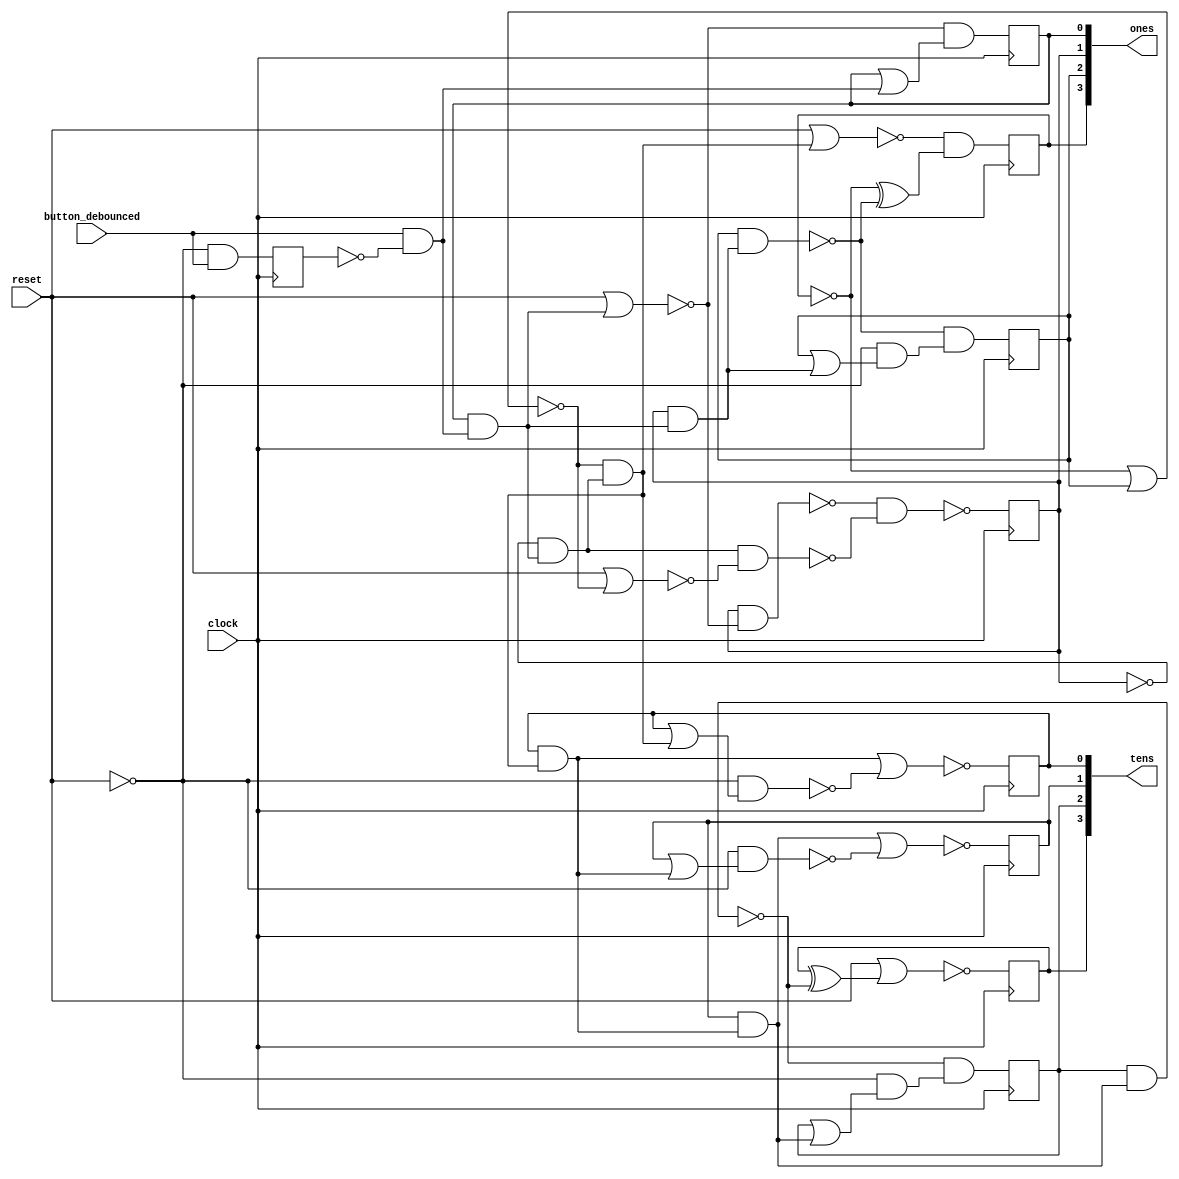
/* Generated by Yosys 0.16+41 (git sha1 29c0a5958, clang 11.0.1-2 -fPIC -Os) */

(* src = "examples/counter.v:34.1-68.10" *)
module counter(clock, reset, button_debounced, ones, tens);
  wire _000_;
  (* src = "examples/counter.v:54.11-54.52" *)
  wire _001_;
  wire _002_;
  wire _003_;
  wire _004_;
  wire _005_;
  wire _006_;
  wire _007_;
  wire _008_;
  wire _009_;
  wire _010_;
  wire _011_;
  wire _012_;
  wire _013_;
  wire _014_;
  wire _015_;
  (* src = "examples/counter.v:37.9-37.25" *)
  wire _016_;
  wire _017_;
  wire _018_;
  wire _019_;
  wire _020_;
  wire _021_;
  wire _022_;
  wire _023_;
  wire _024_;
  wire _025_;
  reg _026_;
  reg _027_;
  reg _028_;
  reg _029_;
  reg _030_;
  reg _031_;
  reg _032_;
  reg _033_;
  reg _034_;
  wire _035_;
  wire _036_;
  wire _037_;
  wire _038_;
  wire _039_;
  wire _040_;
  wire _041_;
  wire _042_;
  wire _043_;
  wire _044_;
  wire _045_;
  wire _046_;
  wire _047_;
  wire _048_;
  wire _049_;
  wire _050_;
  wire _051_;
  wire _052_;
  wire _053_;
  wire _054_;
  wire _055_;
  wire _056_;
  wire _057_;
  wire _058_;
  wire _059_;
  wire _060_;
  wire _061_;
  wire _062_;
  wire _063_;
  wire _064_;
  (* src = "examples/counter.v:42.13-42.21" *)
  wire _065_;
  (* src = "examples/counter.v:42.13-42.21" *)
  wire _066_;
  (* src = "examples/counter.v:42.13-42.21" *)
  wire _067_;
  (* src = "examples/counter.v:42.13-42.21" *)
  wire _068_;
  (* src = "examples/counter.v:36.9-36.14" *)
  wire _069_;
  (* src = "examples/counter.v:43.13-43.21" *)
  wire _070_;
  (* src = "examples/counter.v:43.13-43.21" *)
  wire _071_;
  (* src = "examples/counter.v:43.13-43.21" *)
  wire _072_;
  (* src = "examples/counter.v:43.13-43.21" *)
  wire _073_;
  (* force_downto = 32'd1 *)
  (* src = "examples/counter.v:57.23-57.38|/home/jiegec/prefix/yosys/bin/../share/yosys/techmap.v:270.23-270.24" *)
  wire [3:0] _074_;
  (* force_downto = 32'd1 *)
  (* src = "examples/counter.v:57.23-57.38|/home/jiegec/prefix/yosys/bin/../share/yosys/techmap.v:270.26-270.27" *)
  wire [3:0] _075_;
  wire _076_;
  wire _077_;
  wire _078_;
  wire _079_;
  wire _080_;
  wire _081_;
  wire _082_;
  wire _083_;
  wire _084_;
  wire _085_;
  wire _086_;
  wire _087_;
  wire _088_;
  wire _089_;
  wire _090_;
  wire _091_;
  wire _092_;
  (* src = "examples/counter.v:37.9-37.25" *)
  input button_debounced;
  wire button_debounced;
  (* src = "examples/counter.v:44.7-44.27" *)
  wire button_debounced_reg;
  (* src = "examples/counter.v:35.9-35.14" *)
  input clock;
  wire clock;
  (* src = "examples/counter.v:38.16-38.20" *)
  output [3:0] ones;
  wire [3:0] ones;
  (* src = "examples/counter.v:42.13-42.21" *)
  wire [3:0] ones_reg;
  (* src = "examples/counter.v:36.9-36.14" *)
  input reset;
  wire reset;
  (* src = "examples/counter.v:39.16-39.20" *)
  output [3:0] tens;
  wire [3:0] tens;
  (* src = "examples/counter.v:43.13-43.21" *)
  wire [3:0] tens_reg;
  always @(posedge clock)
    _026_ <= _017_;
  always @(posedge clock)
    _027_ <= _018_;
  always @(posedge clock)
    _028_ <= _019_;
  always @(posedge clock)
    _029_ <= _020_;
  always @(posedge clock)
    _030_ <= _021_;
  always @(posedge clock)
    _031_ <= _022_;
  always @(posedge clock)
    _032_ <= _023_;
  always @(posedge clock)
    _033_ <= _024_;
  always @(posedge clock)
    _034_ <= _025_;
  assign _035_ = ~_069_;
  assign _036_ = ~_030_;
  assign _037_ = ~_032_;
  assign _038_ = ~_034_;
  assign _039_ = ~(_036_ | _031_);
  assign _040_ = _016_ & _038_;
  assign _041_ = _033_ & _040_;
  assign _042_ = _037_ & _041_;
  assign _043_ = _039_ & _042_;
  assign _044_ = _029_ & _043_;
  assign _045_ = _028_ & _044_;
  assign _046_ = ~(_027_ & _045_);
  assign _047_ = _026_ ^ _046_;
  assign _017_ = ~(_069_ | _047_);
  assign _048_ = _027_ | _045_;
  assign _049_ = _035_ & _048_;
  assign _018_ = _046_ & _049_;
  assign _050_ = _028_ | _044_;
  assign _051_ = ~(_035_ & _050_);
  assign _019_ = ~(_045_ | _051_);
  assign _052_ = _029_ | _043_;
  assign _053_ = ~(_035_ & _052_);
  assign _020_ = ~(_044_ | _053_);
  assign _054_ = _032_ & _041_;
  assign _055_ = ~(_031_ & _054_);
  assign _056_ = ~(_069_ | _043_);
  assign _057_ = _036_ ^ _055_;
  assign _021_ = _056_ & _057_;
  assign _058_ = _031_ | _054_;
  assign _059_ = _035_ & _058_;
  assign _022_ = _055_ & _059_;
  assign _060_ = ~(_069_ | _041_);
  assign _061_ = ~(_032_ & _060_);
  assign _062_ = ~(_069_ | _039_);
  assign _063_ = ~(_042_ & _062_);
  assign _023_ = ~(_061_ & _063_);
  assign _064_ = _033_ | _040_;
  assign _024_ = _060_ & _064_;
  assign _025_ = _035_ & _016_;
  assign _074_[3:1] = tens_reg[3:1];
  assign _075_[0] = _074_[0];
  assign ones = ones_reg;
  assign tens = tens_reg;
  assign _065_ = _033_;
  assign _066_ = _032_;
  assign _067_ = _031_;
  assign _068_ = _030_;
  assign _070_ = _029_;
  assign _071_ = _028_;
  assign _072_ = _027_;
  assign _073_ = _026_;
  assign tens_reg[3] = _073_;
  assign tens_reg[2] = _072_;
  assign tens_reg[1] = _071_;
  assign tens_reg[0] = _070_;
  assign ones_reg[3] = _068_;
  assign ones_reg[2] = _067_;
  assign ones_reg[1] = _066_;
  assign ones_reg[0] = _065_;
  assign _069_ = reset;
  assign _016_ = button_debounced;
endmodule

(* top =  1  *)
(* src = "examples/counter.v:70.1-95.10" *)
module counter_top(clock, reset, button, ones, tens);
  (* src = "examples/counter.v:73.9-73.15" *)
  input button;
  wire button;
  (* src = "examples/counter.v:78.8-78.24" *)
  wire button_debounced;
  (* src = "examples/counter.v:71.9-71.14" *)
  input clock;
  wire clock;
  (* src = "examples/counter.v:74.16-74.20" *)
  output [3:0] ones;
  wire [3:0] ones;
  (* src = "examples/counter.v:72.9-72.14" *)
  input reset;
  wire reset;
  (* src = "examples/counter.v:75.16-75.20" *)
  output [3:0] tens;
  wire [3:0] tens;
  (* module_not_derived = 32'd1 *)
  (* src = "examples/counter.v:87.11-93.4" *)
  counter counter_component (
    .button_debounced(button_debounced),
    .clock(clock),
    .ones(ones),
    .reset(reset),
    .tens(tens)
  );
  (* module_not_derived = 32'd1 *)
  (* src = "examples/counter.v:80.13-85.4" *)
  debouncer debouncer_component (
    .button(button),
    .button_debounced(button_debounced),
    .clock(clock),
    .reset(reset)
  );
endmodule

(* src = "examples/counter.v:1.1-32.10" *)
module debouncer(clock, reset, button, button_debounced);
  wire _000_;
  wire _001_;
  wire _002_;
  wire _003_;
  wire _004_;
  wire _005_;
  wire _006_;
  wire _007_;
  wire _008_;
  wire _009_;
  wire _010_;
  wire _011_;
  wire _012_;
  wire _013_;
  wire _014_;
  wire _015_;
  wire _016_;
  wire _017_;
  wire _018_;
  wire _019_;
  wire _020_;
  wire _021_;
  wire _022_;
  wire _023_;
  wire _024_;
  wire _025_;
  wire _026_;
  wire _027_;
  wire _028_;
  wire _029_;
  wire _030_;
  wire _031_;
  wire _032_;
  wire _033_;
  wire _034_;
  wire _035_;
  wire _036_;
  wire _037_;
  wire _038_;
  (* src = "examples/counter.v:4.9-4.15" *)
  wire _039_;
  (* src = "examples/counter.v:9.7-9.27" *)
  wire _040_;
  wire _041_;
  wire _042_;
  wire _043_;
  wire _044_;
  wire _045_;
  wire _046_;
  wire _047_;
  wire _048_;
  wire _049_;
  wire _050_;
  wire _051_;
  wire _052_;
  wire _053_;
  wire _054_;
  wire _055_;
  wire _056_;
  wire _057_;
  wire _058_;
  reg _059_;
  reg _060_;
  reg _061_;
  reg _062_;
  reg _063_;
  reg _064_;
  reg _065_;
  reg _066_;
  reg _067_;
  reg _068_;
  reg _069_;
  reg _070_;
  reg _071_;
  reg _072_;
  reg _073_;
  reg _074_;
  reg _075_;
  reg _076_;
  wire _077_;
  wire _078_;
  wire _079_;
  wire _080_;
  wire _081_;
  wire _082_;
  wire _083_;
  wire _084_;
  wire _085_;
  wire _086_;
  wire _087_;
  wire _088_;
  wire _089_;
  wire _090_;
  wire _091_;
  wire _092_;
  wire _093_;
  wire _094_;
  wire _095_;
  wire _096_;
  wire _097_;
  wire _098_;
  wire _099_;
  wire _100_;
  wire _101_;
  wire _102_;
  wire _103_;
  wire _104_;
  wire _105_;
  wire _106_;
  wire _107_;
  wire _108_;
  wire _109_;
  wire _110_;
  wire _111_;
  wire _112_;
  wire _113_;
  wire _114_;
  wire _115_;
  wire _116_;
  wire _117_;
  wire _118_;
  wire _119_;
  wire _120_;
  wire _121_;
  wire _122_;
  wire _123_;
  wire _124_;
  wire _125_;
  wire _126_;
  wire _127_;
  wire _128_;
  wire _129_;
  wire _130_;
  wire _131_;
  wire _132_;
  wire _133_;
  wire _134_;
  wire _135_;
  wire _136_;
  wire _137_;
  wire _138_;
  wire _139_;
  wire _140_;
  wire _141_;
  wire _142_;
  wire _143_;
  (* src = "examples/counter.v:3.9-3.14" *)
  wire _144_;
  (* force_downto = 32'd1 *)
  (* src = "examples/counter.v:23.26-23.45|/home/jiegec/prefix/yosys/bin/../share/yosys/techmap.v:270.23-270.24" *)
  wire [15:0] _145_;
  (* force_downto = 32'd1 *)
  (* src = "examples/counter.v:23.26-23.45|/home/jiegec/prefix/yosys/bin/../share/yosys/techmap.v:270.26-270.27" *)
  wire [15:0] _146_;
  wire _147_;
  wire _148_;
  wire _149_;
  wire _150_;
  wire _151_;
  wire _152_;
  wire _153_;
  wire _154_;
  wire _155_;
  wire _156_;
  wire _157_;
  wire _158_;
  wire _159_;
  wire _160_;
  wire _161_;
  wire _162_;
  wire _163_;
  wire _164_;
  wire _165_;
  wire _166_;
  wire _167_;
  wire _168_;
  wire _169_;
  wire _170_;
  wire _171_;
  wire _172_;
  wire _173_;
  wire _174_;
  wire _175_;
  wire _176_;
  wire _177_;
  wire _178_;
  wire _179_;
  wire _180_;
  wire _181_;
  (* src = "examples/counter.v:4.9-4.15" *)
  input button;
  wire button;
  (* src = "examples/counter.v:5.10-5.26" *)
  output button_debounced;
  wire button_debounced;
  (* src = "examples/counter.v:9.7-9.27" *)
  wire button_debounced_reg;
  (* src = "examples/counter.v:2.9-2.14" *)
  input clock;
  wire clock;
  (* src = "examples/counter.v:8.14-8.25" *)
  wire [15:0] counter_reg;
  (* src = "examples/counter.v:7.7-7.22" *)
  wire last_button_reg;
  (* src = "examples/counter.v:3.9-3.14" *)
  input reset;
  wire reset;
  always @(posedge clock)
    _059_ <= _041_;
  always @(posedge clock)
    _060_ <= _042_;
  always @(posedge clock)
    _061_ <= _043_;
  always @(posedge clock)
    _062_ <= _044_;
  always @(posedge clock)
    _063_ <= _045_;
  always @(posedge clock)
    _064_ <= _046_;
  always @(posedge clock)
    _065_ <= _047_;
  always @(posedge clock)
    _066_ <= _048_;
  always @(posedge clock)
    _067_ <= _049_;
  always @(posedge clock)
    _068_ <= _050_;
  always @(posedge clock)
    _069_ <= _051_;
  always @(posedge clock)
    _070_ <= _052_;
  always @(posedge clock)
    _071_ <= _053_;
  always @(posedge clock)
    _072_ <= _054_;
  always @(posedge clock)
    _073_ <= _055_;
  always @(posedge clock)
    _074_ <= _056_;
  always @(posedge clock)
    _075_ <= _057_;
  always @(posedge clock)
    _076_ <= _058_;
  assign _104_ = ~_144_;
  assign _105_ = ~_073_;
  assign _106_ = ~_075_;
  assign _107_ = ~(_104_ & _059_);
  assign _108_ = ~(_039_ | _076_);
  assign _109_ = _039_ ^ _076_;
  assign _110_ = ~(_144_ | _109_);
  assign _111_ = ~(_063_ | _064_);
  assign _112_ = _062_ & _065_;
  assign _113_ = _111_ & _112_;
  assign _114_ = ~(_074_ | _075_);
  assign _115_ = ~(_060_ | _061_);
  assign _116_ = _114_ & _115_;
  assign _117_ = _113_ & _116_;
  assign _118_ = ~(_070_ | _072_);
  assign _119_ = _071_ & _105_;
  assign _120_ = _118_ & _119_;
  assign _121_ = _066_ & _067_;
  assign _122_ = ~(_068_ | _069_);
  assign _123_ = _121_ & _122_;
  assign _124_ = _120_ & _123_;
  assign _125_ = _117_ & _124_;
  assign _126_ = ~(_110_ & _125_);
  assign _127_ = ~(_107_ & _126_);
  assign _128_ = ~(_108_ & _125_);
  assign _041_ = _127_ & _128_;
  assign _129_ = _074_ & _075_;
  assign _130_ = _073_ & _129_;
  assign _131_ = _072_ & _130_;
  assign _132_ = _071_ & _131_;
  assign _133_ = _070_ & _132_;
  assign _134_ = _069_ & _133_;
  assign _135_ = _068_ & _134_;
  assign _136_ = _067_ & _135_;
  assign _137_ = _066_ & _136_;
  assign _138_ = _065_ & _137_;
  assign _139_ = _064_ & _138_;
  assign _140_ = _063_ & _139_;
  assign _141_ = _062_ & _140_;
  assign _142_ = _061_ & _141_;
  assign _143_ = _060_ ^ _142_;
  assign _042_ = _110_ & _143_;
  assign _077_ = _061_ | _141_;
  assign _078_ = ~(_110_ & _077_);
  assign _043_ = ~(_142_ | _078_);
  assign _079_ = _062_ | _140_;
  assign _080_ = ~(_110_ & _079_);
  assign _044_ = ~(_141_ | _080_);
  assign _081_ = _063_ | _139_;
  assign _082_ = ~(_110_ & _081_);
  assign _045_ = ~(_140_ | _082_);
  assign _083_ = _064_ | _138_;
  assign _084_ = ~(_110_ & _083_);
  assign _046_ = ~(_139_ | _084_);
  assign _085_ = _065_ | _137_;
  assign _086_ = ~(_110_ & _085_);
  assign _047_ = ~(_138_ | _086_);
  assign _087_ = _066_ | _136_;
  assign _088_ = ~(_110_ & _087_);
  assign _048_ = ~(_137_ | _088_);
  assign _089_ = _067_ | _135_;
  assign _090_ = ~(_110_ & _089_);
  assign _049_ = ~(_136_ | _090_);
  assign _091_ = _068_ | _134_;
  assign _092_ = ~(_110_ & _091_);
  assign _050_ = ~(_135_ | _092_);
  assign _093_ = _069_ | _133_;
  assign _094_ = ~(_110_ & _093_);
  assign _051_ = ~(_134_ | _094_);
  assign _095_ = _070_ | _132_;
  assign _096_ = ~(_110_ & _095_);
  assign _052_ = ~(_133_ | _096_);
  assign _097_ = _071_ | _131_;
  assign _098_ = ~(_110_ & _097_);
  assign _053_ = ~(_132_ | _098_);
  assign _099_ = _072_ | _130_;
  assign _100_ = ~(_110_ & _099_);
  assign _054_ = ~(_131_ | _100_);
  assign _101_ = _073_ ^ _129_;
  assign _055_ = _110_ & _101_;
  assign _102_ = ~(_114_ | _129_);
  assign _056_ = _110_ & _102_;
  assign _103_ = ~(_106_ & _110_);
  assign _057_ = ~(_125_ | _103_);
  assign _058_ = _104_ & _039_;
  assign _145_[15:1] = counter_reg[15:1];
  assign _146_[0] = _145_[0];
  assign button_debounced = button_debounced_reg;
  assign _040_ = _059_;
  assign button_debounced_reg = _040_;
  assign _144_ = reset;
  assign _039_ = button;
endmodule